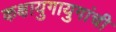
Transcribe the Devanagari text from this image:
कक्षायुगायुगांची